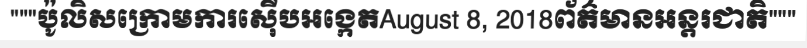
"""ប៉ូលិសក្រោមការស៊ើបអង្កេតAugust 8, 2018ព័ត៌មានអន្តរជាតិ"""